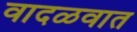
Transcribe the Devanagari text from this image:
वादळवात